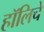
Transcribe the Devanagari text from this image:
हॉलिचे